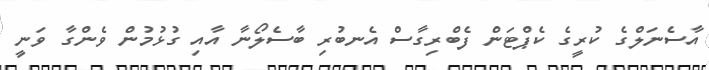
އާސެނަލްގެ ކުރީގެ ކެޕްޓަން ފެބްރިގާސް އެނބުރި ބާސެލޯނާ އާއި ގުޅުމުން ވެންގާ ވަނީ